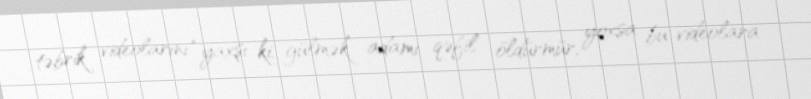
təbrik videolarını “yaxşı ki, gülmək adamı qəfil öldürmür, yoxsa bu videolara